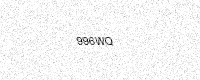
Text: 996WQ